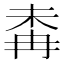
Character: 𣑜